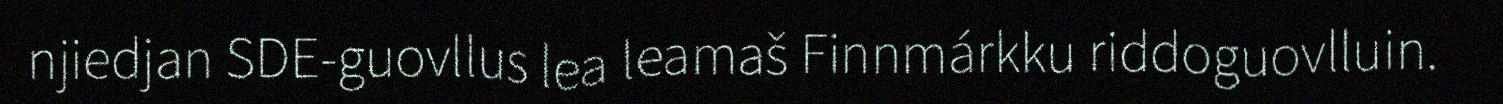
njiedjan SDE-guovllus lea leamaš Finnmárkku riddoguovlluin.